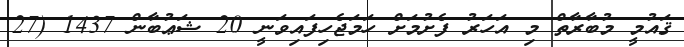
ޤައުމީ މުބާރާތް މި އަހަރު ފެށުމަށް ހަމަޖެހިފައިވަނީ 20 ޝަޢުބާން 1437 (27